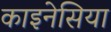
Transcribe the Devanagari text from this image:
काइनेसिया